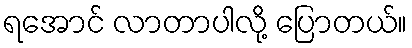
ရအောင် လာတာပါလို့ ပြောတယ်။